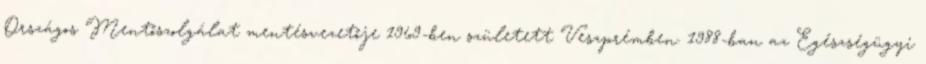
Országos Mentőszolgálat mentésvezetője 1969-ben született Veszprémben. 1988-ban az Egészségügyi